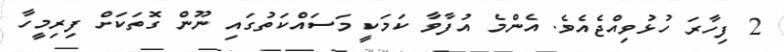
2 ފިހާރަ ހުޅުވިއްޖެއެވެ. އެންމެ އުފާވާ ކަމަކީ މަސައްކަތުގައި ނޫން ގޮތަކަށް ފިރިމީހާ